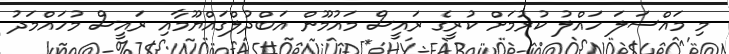
މި މައްސަލަ ހައްލު ކުރުމަށް ކުރީގެ ރައީސް މައުމޫން އަބްދުލްގައްޔޫމާއި ރައީސް މުހައްމަދު